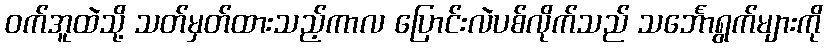
ဝက်အူထဲသို့ သတ်မှတ်ထားသည့်ကာလ ပြောင်းလဲပစ်လိုက်သည် သင်္ဘောရွက်များကို